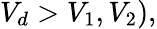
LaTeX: V_{d}>V_{1},V_{2}),